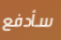
سأدفع